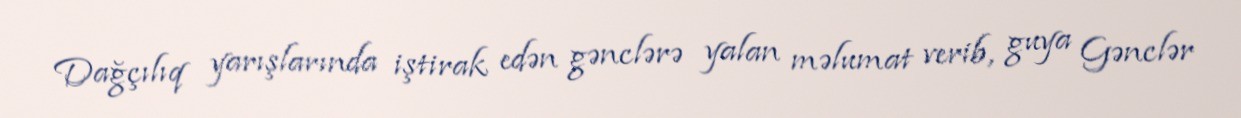
Dağçılıq yarışlarında iştirak edən gənclərə yalan məlumat verib, guya Gənclər